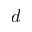
d